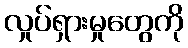
လှုပ်ရှားမှုတွေကို